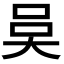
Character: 𭑍